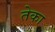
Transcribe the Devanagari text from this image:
तेका